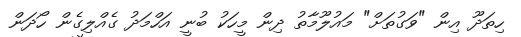
ހިތަދޫ އިން "ވަގުތަށް" މައުލޫމާތު ދިން މީހަކު ބުނީ އަހްމަދު ގެއްލިގެން ހޯދަން